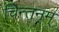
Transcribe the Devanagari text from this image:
चिन्तनम्